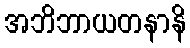
အဘိဘာယတနာနိ